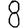
Digit: 8